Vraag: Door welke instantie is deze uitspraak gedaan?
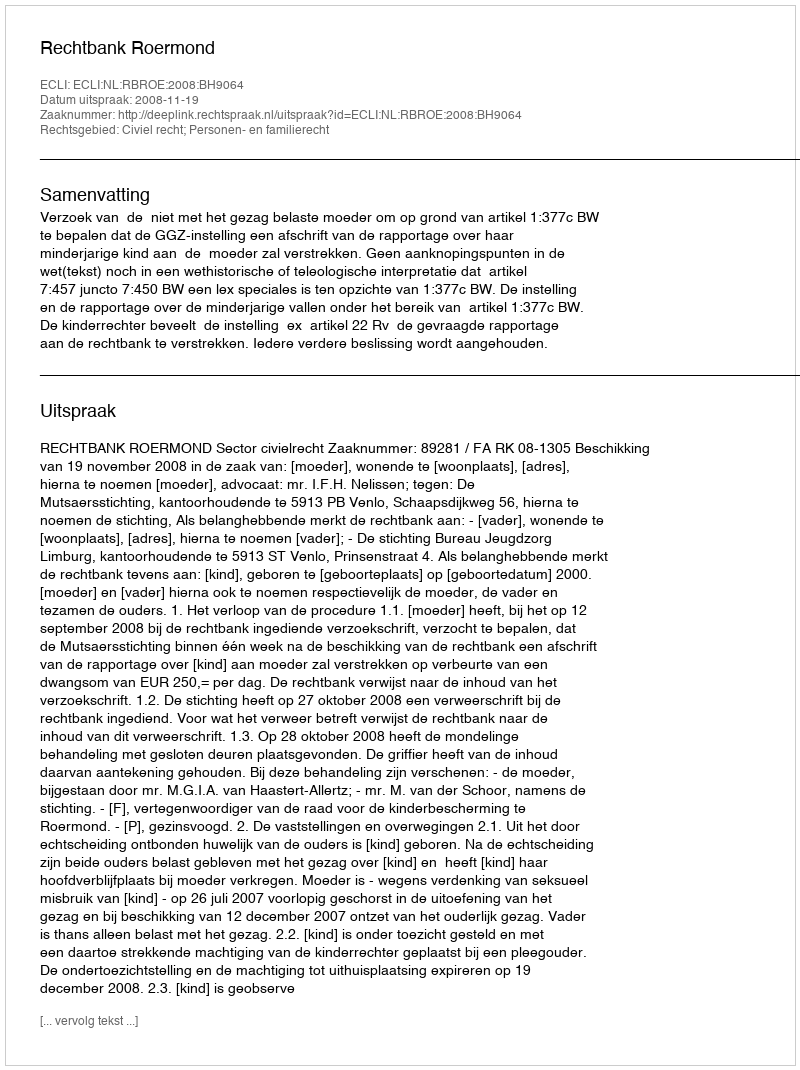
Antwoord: Rechtbank Roermond